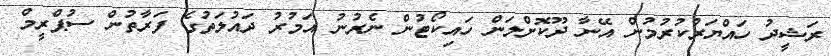
ރަޝީދު ހައްޔަރުކުރުމުން އޭނާ ދޫކޮށްލަން ހައިކޯޓުން ނެރުނު އަމުރު ދައުލަތުގެ ފަރާތުން ސުޕްރީމް